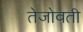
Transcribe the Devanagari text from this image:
तेजोवती